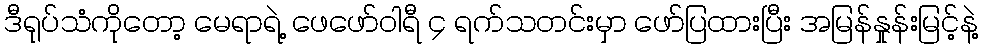
ဒီရုပ်သံကိုတော့ မေရာရဲ့ ဖေဖော်ဝါရီ ၄ ရက်သတင်းမှာ ဖော်ပြထားပြီး အမြန်နှုန်းမြင့်နဲ့